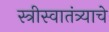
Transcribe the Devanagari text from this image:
स्त्रीस्वातंत्र्याचे